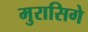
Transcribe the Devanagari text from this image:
मुरासिगे